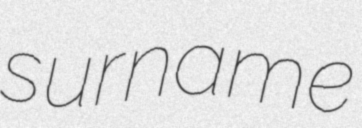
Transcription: surname